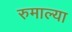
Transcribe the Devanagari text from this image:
रुमाल्या